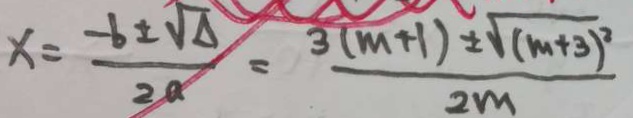
x = \frac { - b \pm \sqrt { \Delta } } { 2 a } = \frac { 3 ( m + 1 ) \pm \sqrt { ( m + 3 ) ^ { 2 } } } { 2 m }